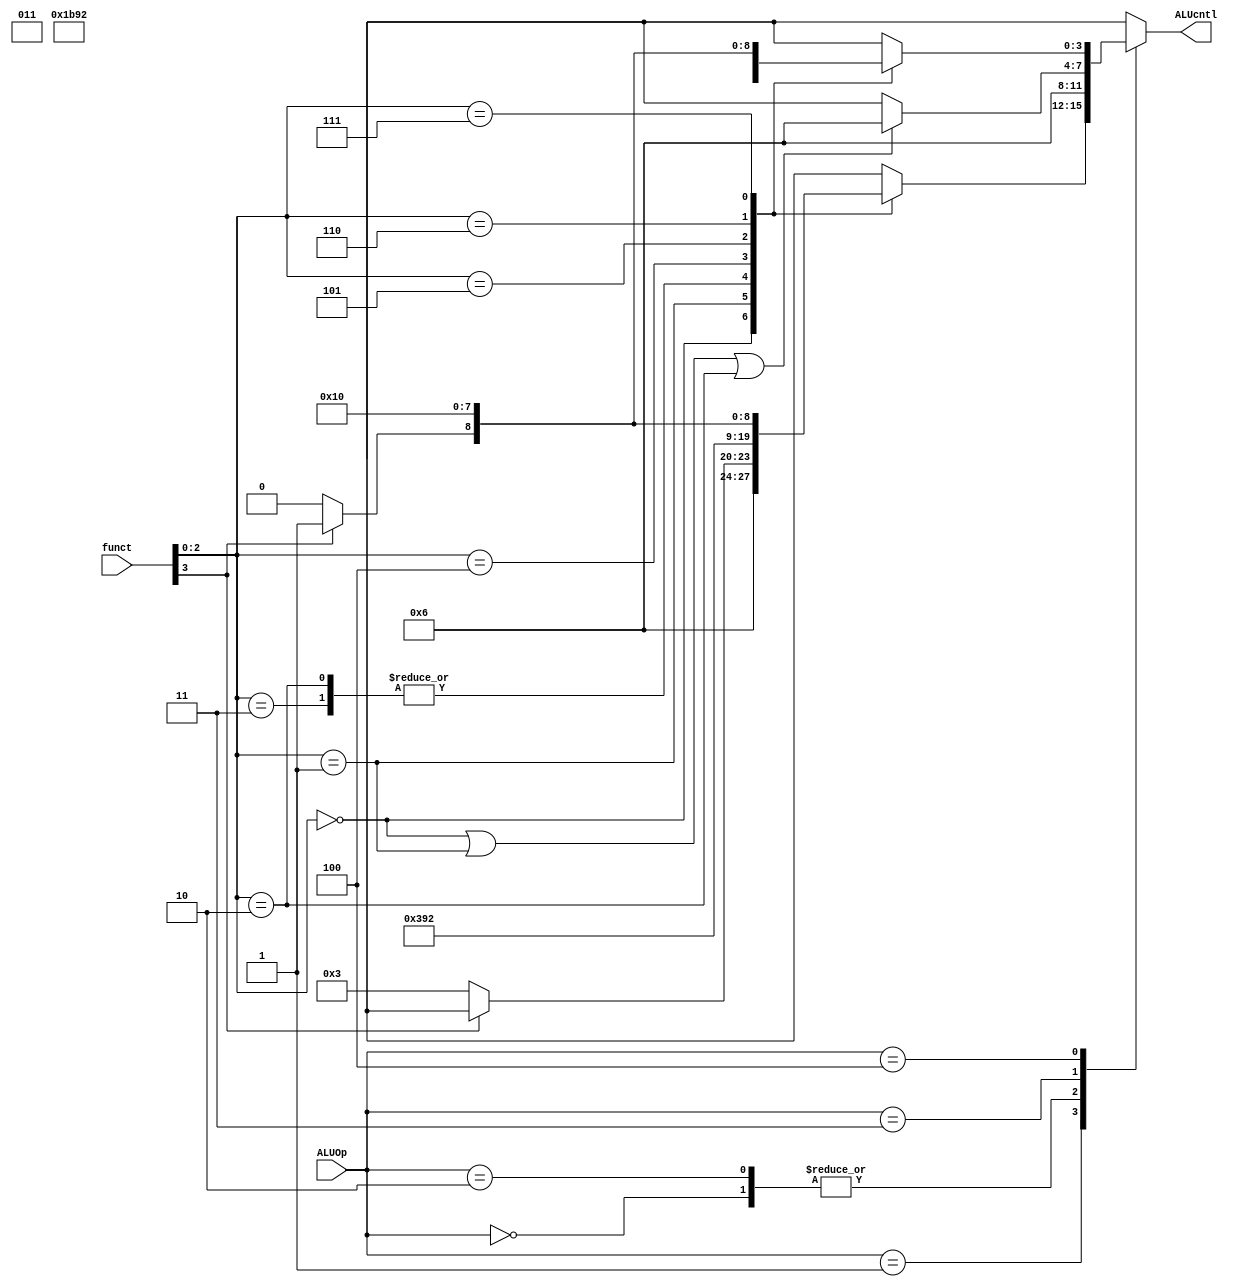
`timescale 1ns / 1ps
//////////////////////////////////////////////////////////////////////////////////
// Company: 
// Engineer: 
// 
// Design Name: 
// Module Name: ALUControl
// Project Name: 
// Target Devices: 
// Tool Versions: 
// Description: 
// 
// Dependencies: 
// 
// Revision:
// Revision 0.01 - File Created
// Additional Comments:
// 
//////////////////////////////////////////////////////////////////////////////////


module ALUControl(
    input [3:0] funct,
    input [3:0] ALUOp,
    output reg [3:0] ALUcntl
    );
    /* ALU control parameters */
    parameter AND = 4'b0000;
    parameter OR = 4'b0001;
    parameter XOR = 4'b0010;
    parameter LSL = 4'b0011;
    parameter RSL = 4'b0100;
    parameter RSA = 4'b0101;
    parameter ADD = 4'b0110;
    parameter SUB = 4'b0111;
    
    always @ (funct or ALUOp) begin
        case (ALUOp) 
            //LB, LH, LW, LBU, LHU
            4'b0000: begin
                ALUcntl <= ADD;
            end
            //ADDI, SLTI, SLTIU, XORI, ORI, ANDI, SLLI, SRLI, SRAI
            4'b0001: begin
                case (funct[2:0])
                    //ADDI
                    3'b000: begin
                        ALUcntl <= ADD;
                    end
                    3'b001: begin
                        //SLLI
                        if (funct[3] == 0) begin
                            ALUcntl <= LSL;
                        end
                        else begin
                            ALUcntl <= 4'bxxxx;
                        end
                    end
                    //SLTI
                    3'b010: begin
                        ALUcntl <= SUB;
                    end
                    //SLTIU
                    3'b011: begin
                        ALUcntl <= SUB;
                    end
                    //XORI
                    3'b100: begin
                        ALUcntl <= XOR;
                    end
                    3'b101: begin
                        //SRLI
                        if (funct[3] == 0) begin
                            ALUcntl <= RSL;
                        end
                        //SRAI
                        else begin
                            ALUcntl <= RSA;
                        end
                    end
                    //ORI
                    3'b110: begin
                        ALUcntl <= OR;
                    end
                    //ANDI
                    3'b111: begin
                        ALUcntl <= AND;
                    end
                    default: begin
                        ALUcntl <= 4'bxxxx;
                    end
                endcase
            end
            //AUIPC
            4'b0010: begin
                ALUcntl <= ADD;
            end
            //SB, SH, SW
            4'b0011: begin
                if (funct[2:0] == 3'b000 || funct[2:0] == 3'b001 || funct[2:0] == 3'b010) begin
                    ALUcntl <= ADD;
                end
                else begin
                    ALUcntl <= 4'bxxxx;
                end
            end
            //ADD, SUB, SLL, SLT, SLTU, XOR, SRL, SRA, OR, AND
            4'b0100: begin
                case (funct[2:0])
                    3'b000: begin
                       //ADD
                        if (funct[3] == 0) begin
                            ALUcntl <= ADD;
                        end
                        //SUB
                        else begin
                            ALUcntl <= SUB;
                        end
                    end
                    //SLL
                    3'b001: begin
                        ALUcntl <= LSL;
                    end
                    //SLT
                    3'b010: begin
                        ALUcntl <= SUB;
                    end
                    //SLTU
                    3'b011: begin
                        ALUcntl <= SUB;
                    end
                    //XOR
                    3'b100: begin
                        ALUcntl <= XOR;
                    end
                    3'b101: begin
                        //SRL
                        if (funct[3] == 0) begin
                            ALUcntl <= RSL;
                        end
                        //SRA
                        else begin
                            ALUcntl <= RSA;
                        end
                    end
                    //OR
                    3'b110: begin
                        ALUcntl <= OR;
                    end
                    //AND
                    3'b111: begin
                        ALUcntl <= AND;
                    end
                    default: begin
                        ALUcntl <= 4'bxxxx;
                    end
                endcase
            end
            default: begin
                ALUcntl <= 4'bxxxx;
            end
        endcase
    
    end 
endmodule